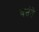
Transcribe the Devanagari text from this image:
वसंते